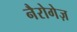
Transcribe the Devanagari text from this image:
नैरोगेज़